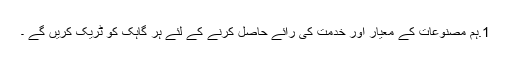
1.ہم مصنوعات کے معیار اور خدمت کی رائے حاصل کرنے کے لئے ہر گاہک کو ٹریک کریں گے ۔